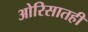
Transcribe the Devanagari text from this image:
ओरिसातही